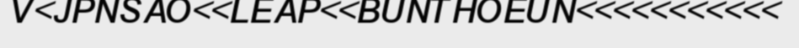
V<JPNSAO<<LEAP<<BUNTHOEUN<<<<<<<<<<<